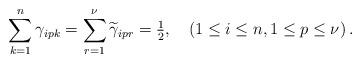
LaTeX: \begin{align*}\sum_{k=1}^{n}\gamma_{ipk}=\sum_{r=1}^{\nu}\widetilde{\gamma}_{ipr}=\tfrac{1}{2},\quad\left(1\leq i\leq n,1\leq p\leq\nu\right).\end{align*}